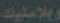
وبلاستيك